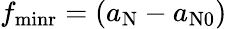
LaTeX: f_{\mathrm{minr}}=(a_{\mathrm{N}}-a_{\mathrm{N}0})